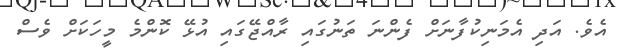
އެވެ. އަދި އެމަނިކުފާނަށް ފެންނަ ތަނުގައި ރާއްޖޭގައި އުޅޭ ކޮންމެ މީހަކަށް ވެސް